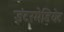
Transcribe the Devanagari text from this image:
इंटरमेडियेट